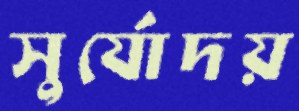
সুর্যোদয়